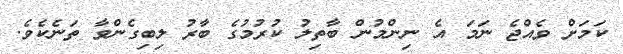
ކަމަށް ވެއްޖެ ނަމަ އެ ނިންމުން ބާތިލު ކުރުމުގެ ބާރު ލިބިގެންވާ ތަނެކެވެ.